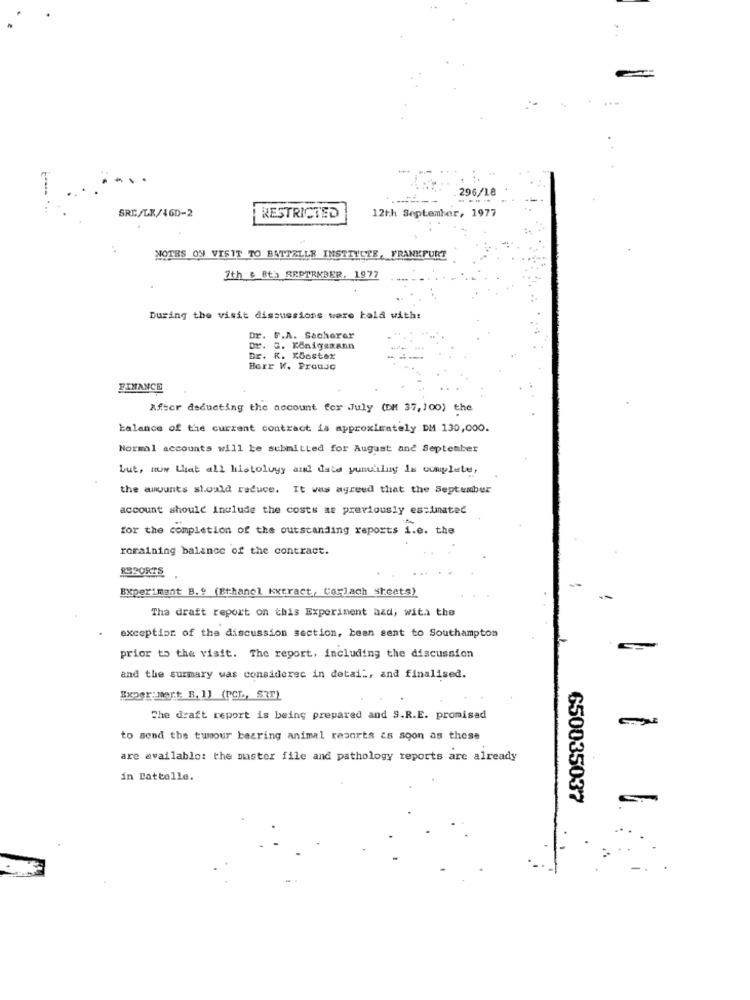
...
. 296/18
-----
SRE/LK/46D-2
12th September, 1977
RESTRICTED
NOTES ON VISIT TO BATTELLE INSTTYLER, FRANKFURT
2th s 8th SEPTEMBER. 1977
During the visit discussione were told with:
Dr. F.A. Sacherer
Dr. G. Königsmann
Dr. K. KOoster
Herr W. Prousc
FINANCE
After deducting the account for July (DM 37, 100) the
balance of the current contract is approximately DM 130,000.
Normal accounts will be submitted for August and September
but, now that all histology and data punching is complete,
the amounts should reduce. It was agreed that the September
account should include the costs as previously estimated
for the completion of the outstanding reports i.e. the
remaining balance of the contract.
RESORTS
Experiment B .? (Ethanol Extract, Corlach Sheets)
Tha draft report on this Experiment azd, with the
exception of the discussion section, been sent to Southampton
prior to the visit. The report, including the discussion
and the surmary was considerec in detail, and finalised.
Exper; mert. R. IJ (PCL, SRr)
The draft report is being prepared and S.R.E. promised
to send the tumour bearing animal resorts as soon as these
are available: the master file and pathology reports are already
in Battelle.
650035037